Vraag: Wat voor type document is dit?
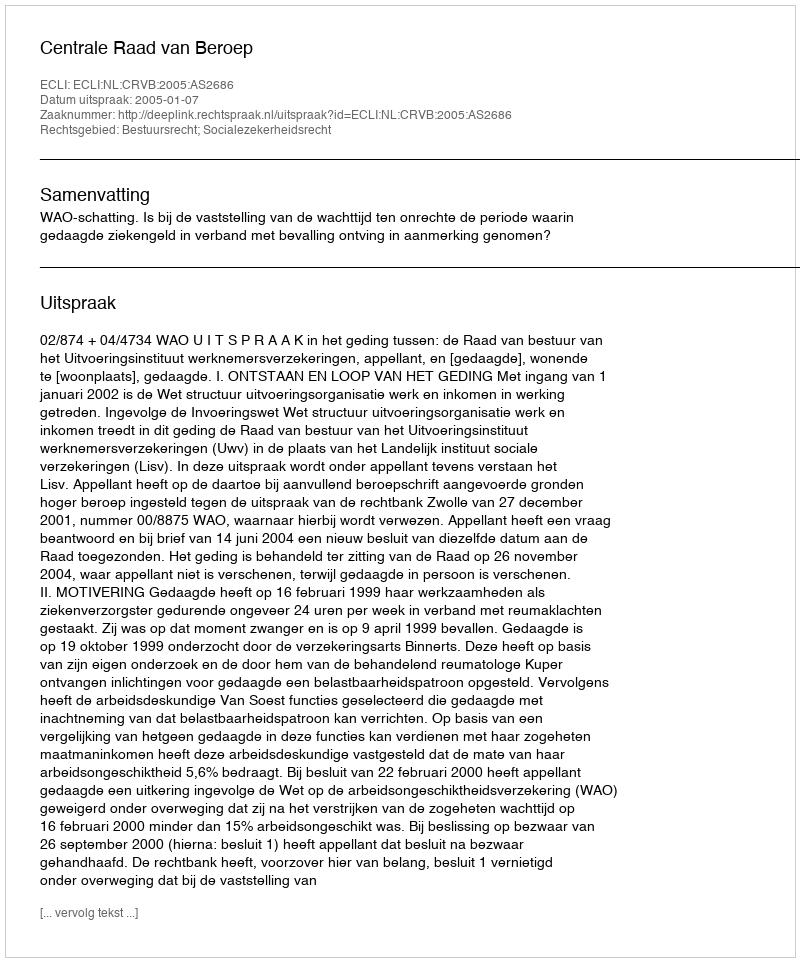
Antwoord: Uitspraak